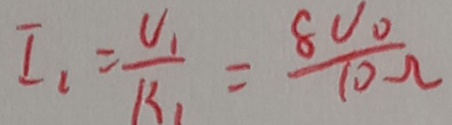
I _ { 1 } = \frac { U _ { 1 } } { R _ { 1 } } = \frac { 8 V _ { 0 } } { 1 0 \Omega }